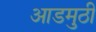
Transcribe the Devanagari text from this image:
आडमुठी